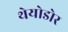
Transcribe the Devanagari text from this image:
थेयोडोर